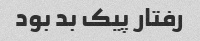
رفتار پیک بد بود